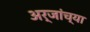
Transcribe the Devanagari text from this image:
अर्जांच्या